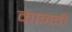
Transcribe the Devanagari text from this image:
कानवी